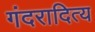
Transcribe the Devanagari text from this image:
गंदरादित्य